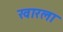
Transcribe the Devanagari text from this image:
खारला